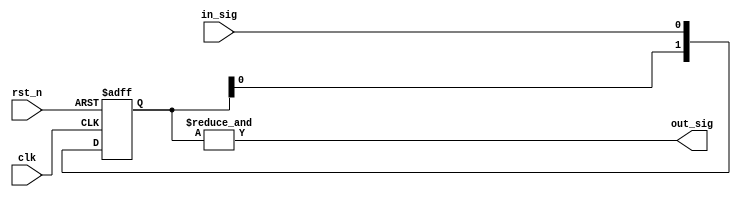
// This program was cloned from: https://github.com/FAST-Switch/fast
// License: Apache License 2.0

/*
Filename: sync_sig.v
Dscription: 
	1)synchronize signal to Des Clock filed
	2)

Author : lxj
Revision List:
	rn1:	date:	modifier:	description:
	rn2:	date:	modifier:	description:
	rn3:	date:	modifier:	description:
*/
`timescale 1 ns / 1 ps
module sync_sig(
	input clk,
	input rst_n,
	input in_sig,
	output out_sig
);
parameter SHIFT_WIDTH = 2;

reg[SHIFT_WIDTH-1:0] sig_dly;

always @(posedge clk or negedge rst_n) begin
	if(~rst_n) begin
		sig_dly <= {SHIFT_WIDTH{1'b0}};
	end
	else begin//Sync signal
		sig_dly[0] <= in_sig;
		sig_dly[SHIFT_WIDTH-1:1] <= sig_dly[SHIFT_WIDTH-2:0];
  end
end

assign out_sig = &sig_dly;

endmodule